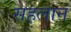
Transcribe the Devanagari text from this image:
सहलान